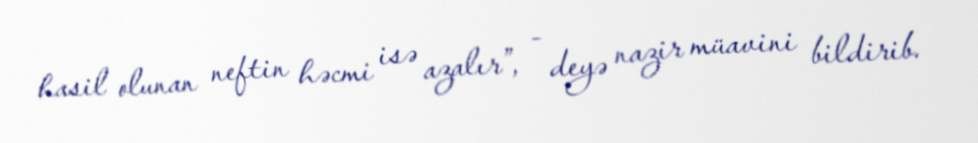
hasil olunan neftin həcmi isə azalır”, - deyə nazir müavini bildirib.